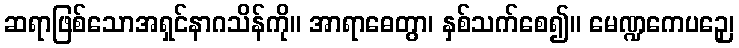
ဆရာဖြစ်သောအရှင်နာဂသိန်ကို။ အာရာဓေတွာ၊ နှစ်သက်စေ၍။ မေဏ္ဍကေပဉှေ၊